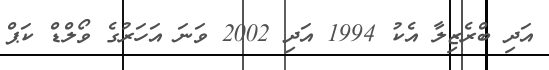
އަދި ބްރެޒިލާ އެކު 1994 އަދި 2002 ވަނަ އަހަރުގެ ވޯލްޑް ކަޕް